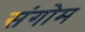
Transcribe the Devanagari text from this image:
संगोम